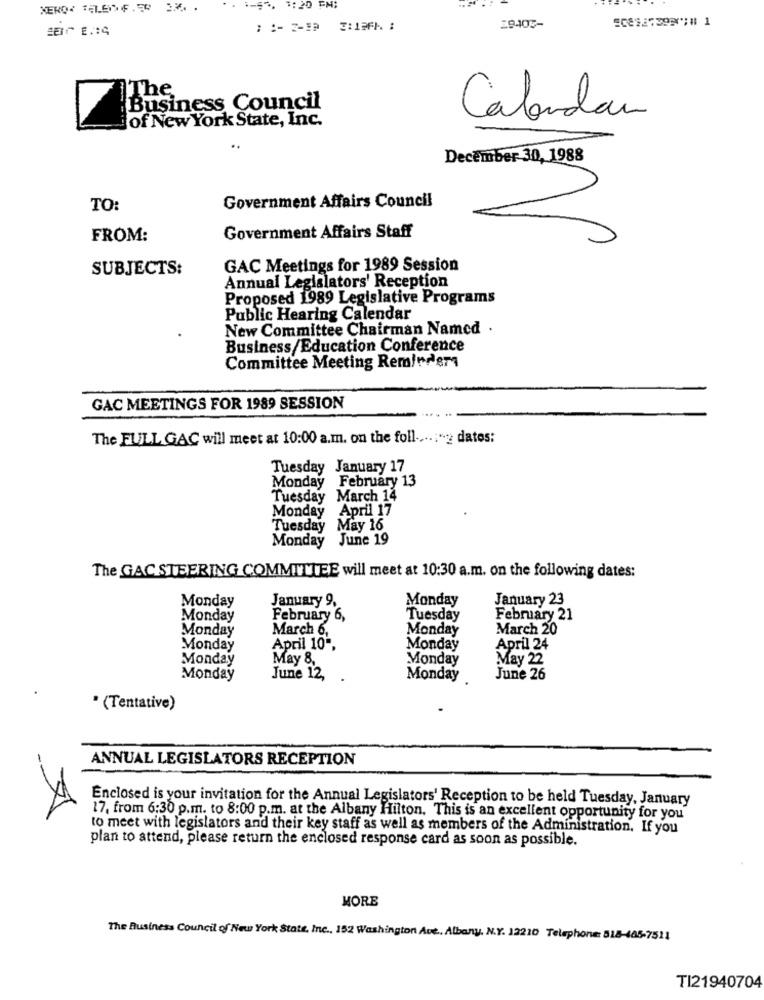
1-57, 1:20 FM;
: :- 2-1) 3:12FM :
1The
Business Council
iof New York State, Inc.
Calendar
..
December 30, 1988
TO:
Government Affairs Council
FROM:
Government Affairs Staff
SUBJECTS:
GAC Meetings for 1989 Session
Annual Legislators' Reception
Proposed 1989 Legislative Programs
Public Hearing Calendar
New Committee Chairman Named .
Business/Education Conference
Committee Meeting Reminders
GAC MEETINGS FOR 1989 SESSION
The FULL GAC will meet at 10:00 a.m. on the foll ....; "2 dates:
Tuesday January 17
Monday February 13
Tuesday March 14
Monday April 17
Tuesday May 16
Monday June 19
The GAC STEERING COMMITTEE will meet at 10:30 a.m. on the following dates:
Monday
January 9.
Monday
January 23
Monday
February 6,
Tuesday
February 21
Monday
March 6,
Monday
March 20
Monday
April 10 *.
Monday
April 24
Monday
May 8,
Monday
May 22
Monday
June 12,
Monday
June 26
* (Tentative)
ANNUAL LEGISLATORS RECEPTION
Enclosed is your invitation for the Annual Legislators' Reception to be held Tuesday, January
17, from 6:30 p.m. to 8:00 p.m. at the Albany Hilton, This is an excellent opportunity for you
to meet with legislators and their key staff as well as members of the Administration. If you
plan to attend, please return the enclosed response card as soon as possible.
MORE
The Business Council of New York State, Inc ., 152 Washington Ace. Albany, N.Y. 12210 Telephone: 518-445-7511
TI21940704